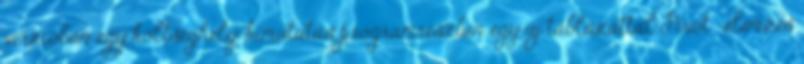
verzióban egy költséghely-kimutatás programrészben egy új táblázattal Pivot -elemzés